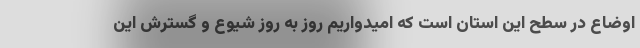
اوضاع در سطح این استان است که امیدواریم روز به روز شیوع و گسترش این